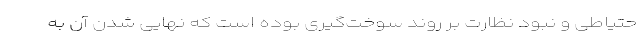
حتیاطی و نبود نظارت بر روند سوخت‌گیری بوده است که نهایی شدن آن به